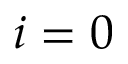
i = 0